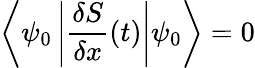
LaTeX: \left\langle\psi_{0}\left|{\frac{\delta S}{\delta x}}(t)\right|\psi_{0}\right\rangle=0